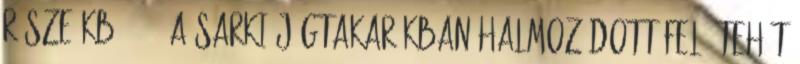
része kb. 2,2% a sarki jégtakarókban halmozódott fel. Tehát